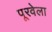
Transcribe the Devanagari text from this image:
पूरवेला